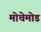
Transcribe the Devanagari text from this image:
मोचेमोड